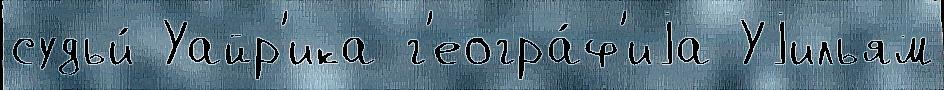
судьи́ Уайр'ика г'еогра́ф'иjа Уjильям